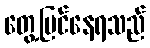
တွေ့မြင်နေရသည်